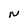
Character: N